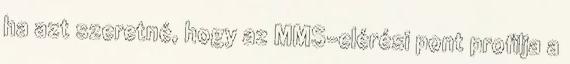
ha azt szeretné, hogy az MMS-elérési pont profilja a